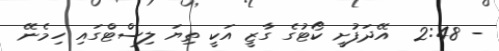
- 2:48  އޭދަފުށީ ކޯޓުގެ ގާޒީ އަކީ ތިޔަ ލިސްޓްގައި ހިމެނޭ